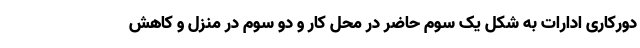
دورکاری ادارات به شکل یک سوم حاضر در محل کار و دو سوم در منزل و کاهش